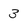
Character: 3